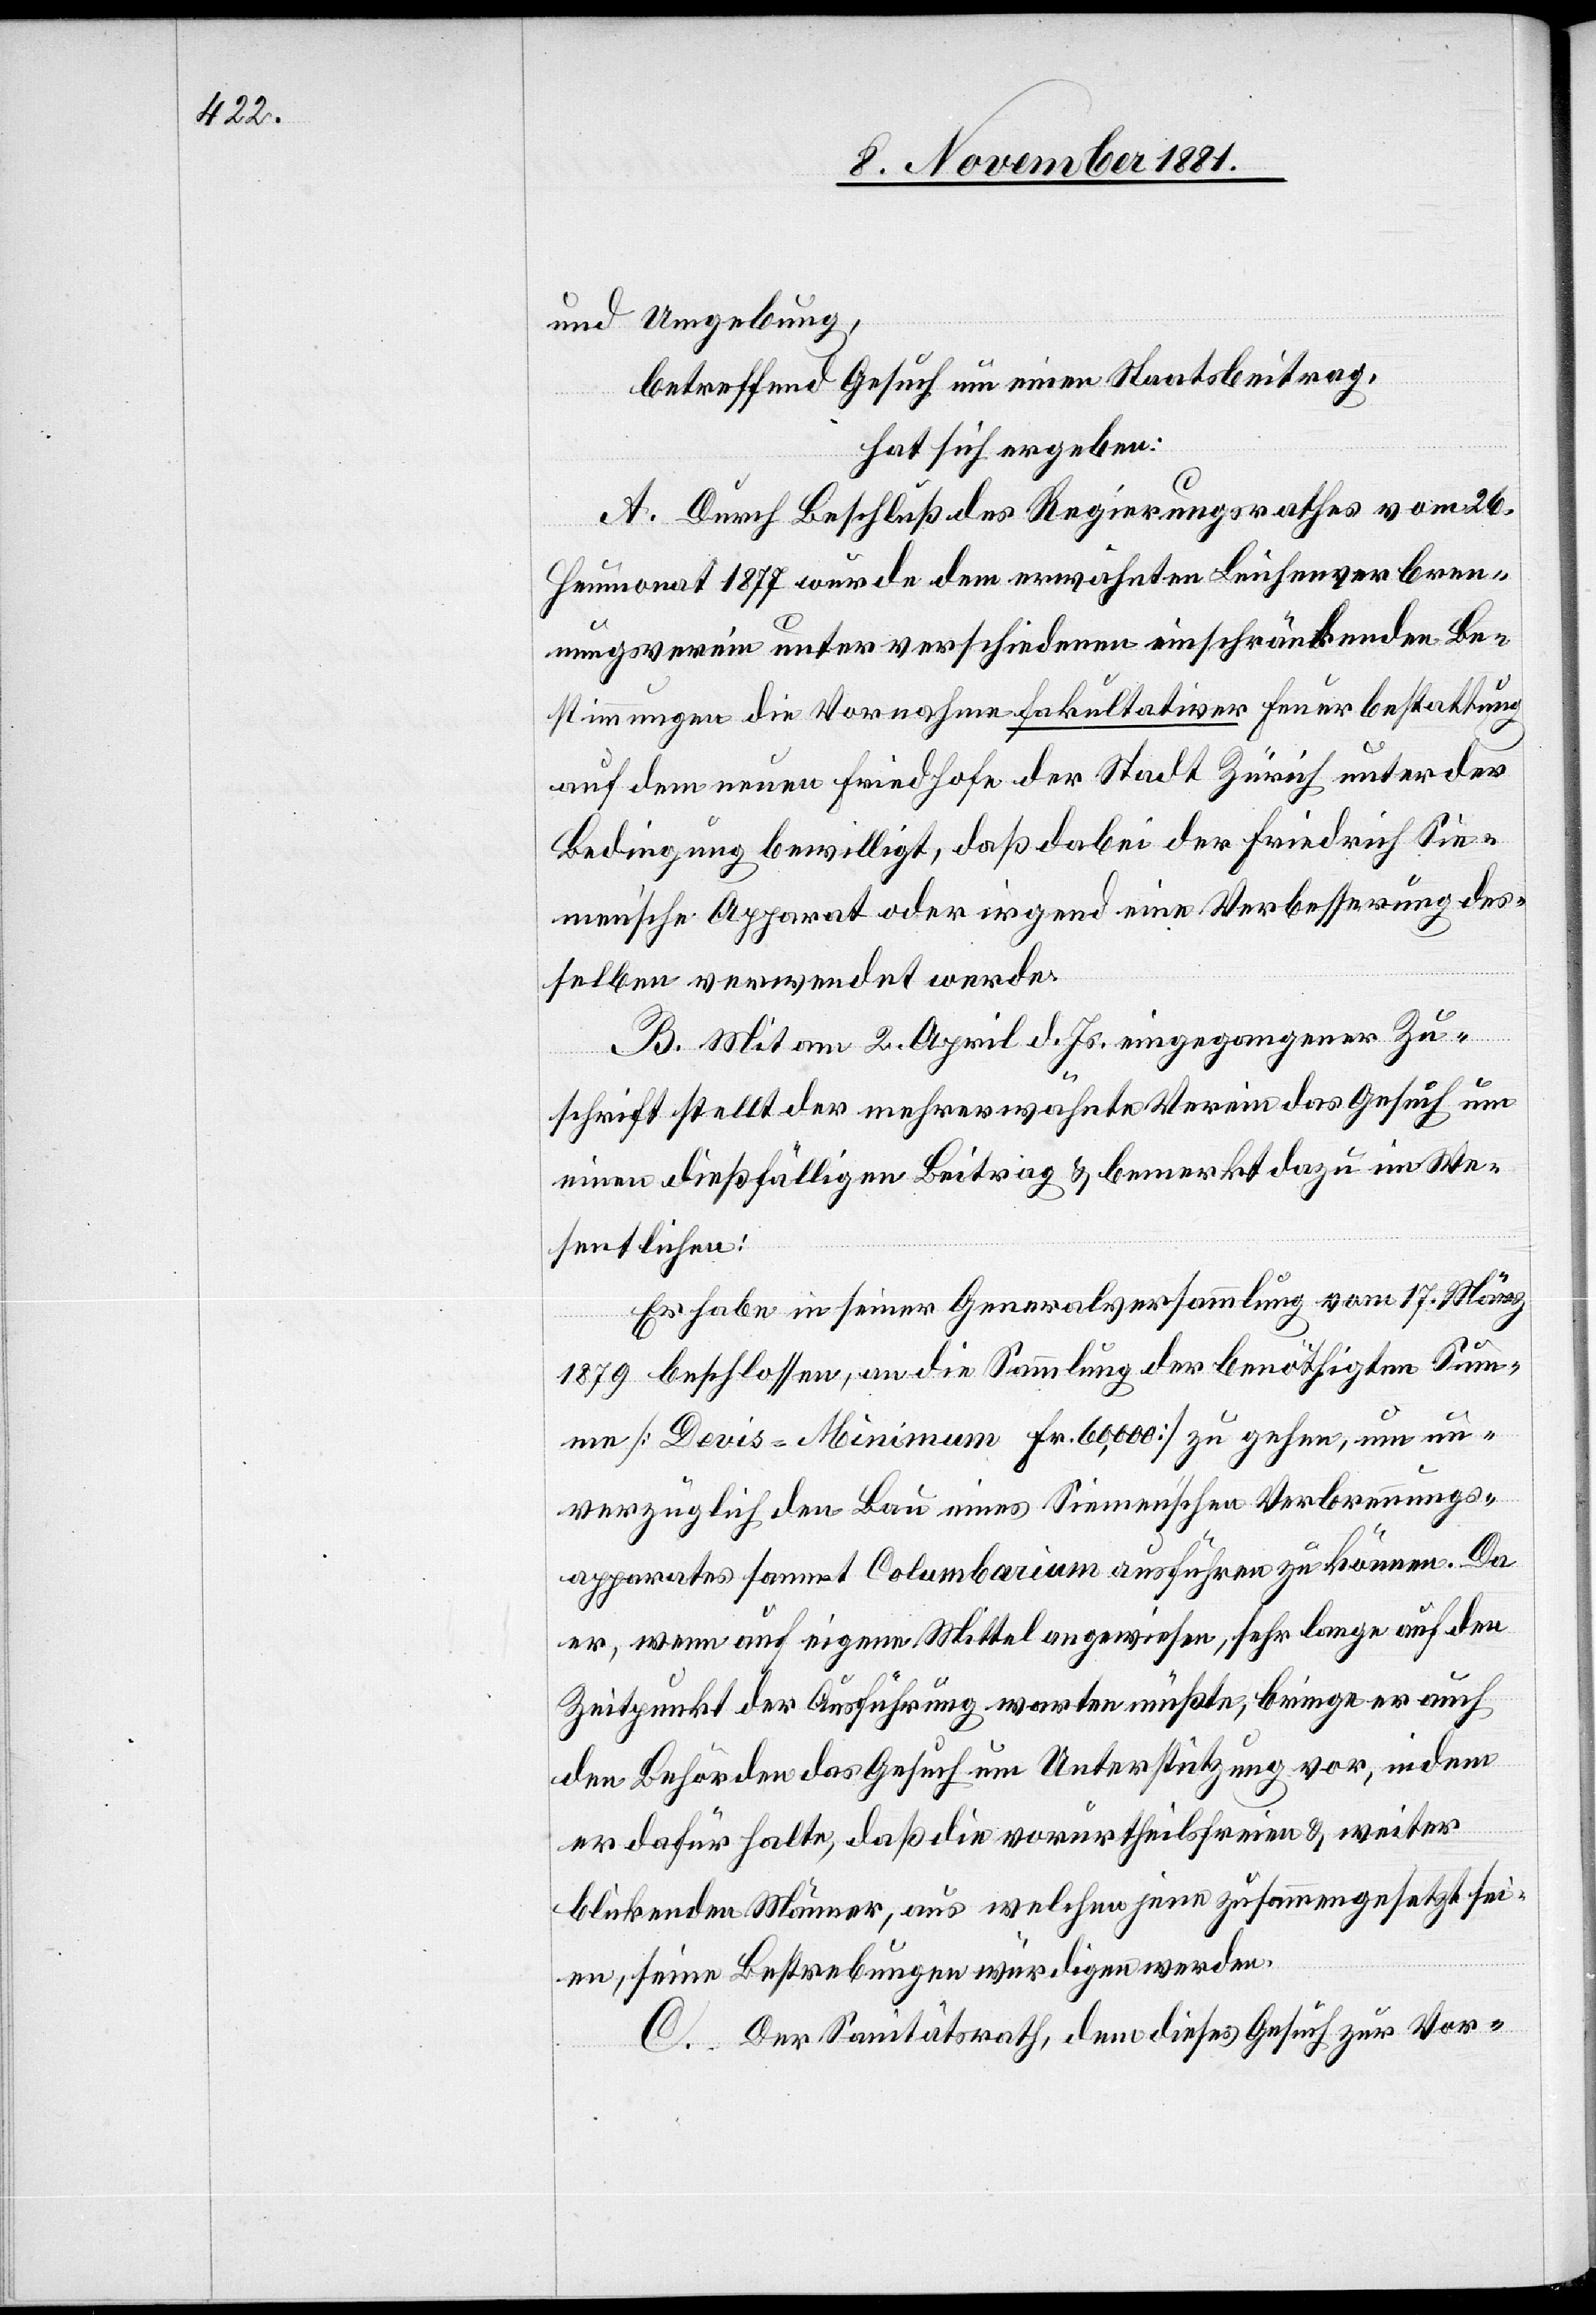
und Umgebung,
betreffend Gesuch um einen Staatsbeitrag,
hat sich ergeben:
A. Durch Beschluß des Regierungsrathes vom 26.
Heumonat 1877 wurde dem erwähnten Leichenverbren¬
nungsverein unter verschiedenen einschränkenden Be¬
stimmungen die Vornahme fakultativer Feuerbestattung
auf dem neuen Friedhofe der Stadt Zürich unter der
Bedingung bewilligt, daß dabei der Friedrich Sie¬
men’sche Apparat oder irgend eine Verbesserung des¬
selben verwendet werde.
B. Mit am 2. April d. Js. eingegangener Zu¬
schrift stellte der mehrerwähnte Verein das Gesuch um
einen dießfälligen Beitrag & bemerkt dazu im We¬
sentlichen:
Es habe in seiner Generalversammlung vom 17. März
1879 beschlossen, an die Sammlung der benöthigten Sum¬
me [Devis-Minimun Fr. 60,000] zu gehen, um un¬
verzüglich den Bau eines Siemen’schen Verbrennungs¬
apparates sammt Columbarium ausführen zu können. Da
er, wenn auf eigene Mittel angewiesen, sehr lange auf den
Zeitpunkt der Ausführung warten müßte, bringe er auch
den Behörden das Gesuch um Unterstützung vor, indem
er dafür halte, daß die vorurtheilsfreien & weiter
blickenden Männer, aus welchen jene zusammengesetzt sei¬
en, seine Bestrebungen würdigen werden.
C. Der Sanitätsrath, dem dieses Gesuch zur Vor-